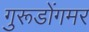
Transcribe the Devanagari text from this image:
गुरूडोंगमर